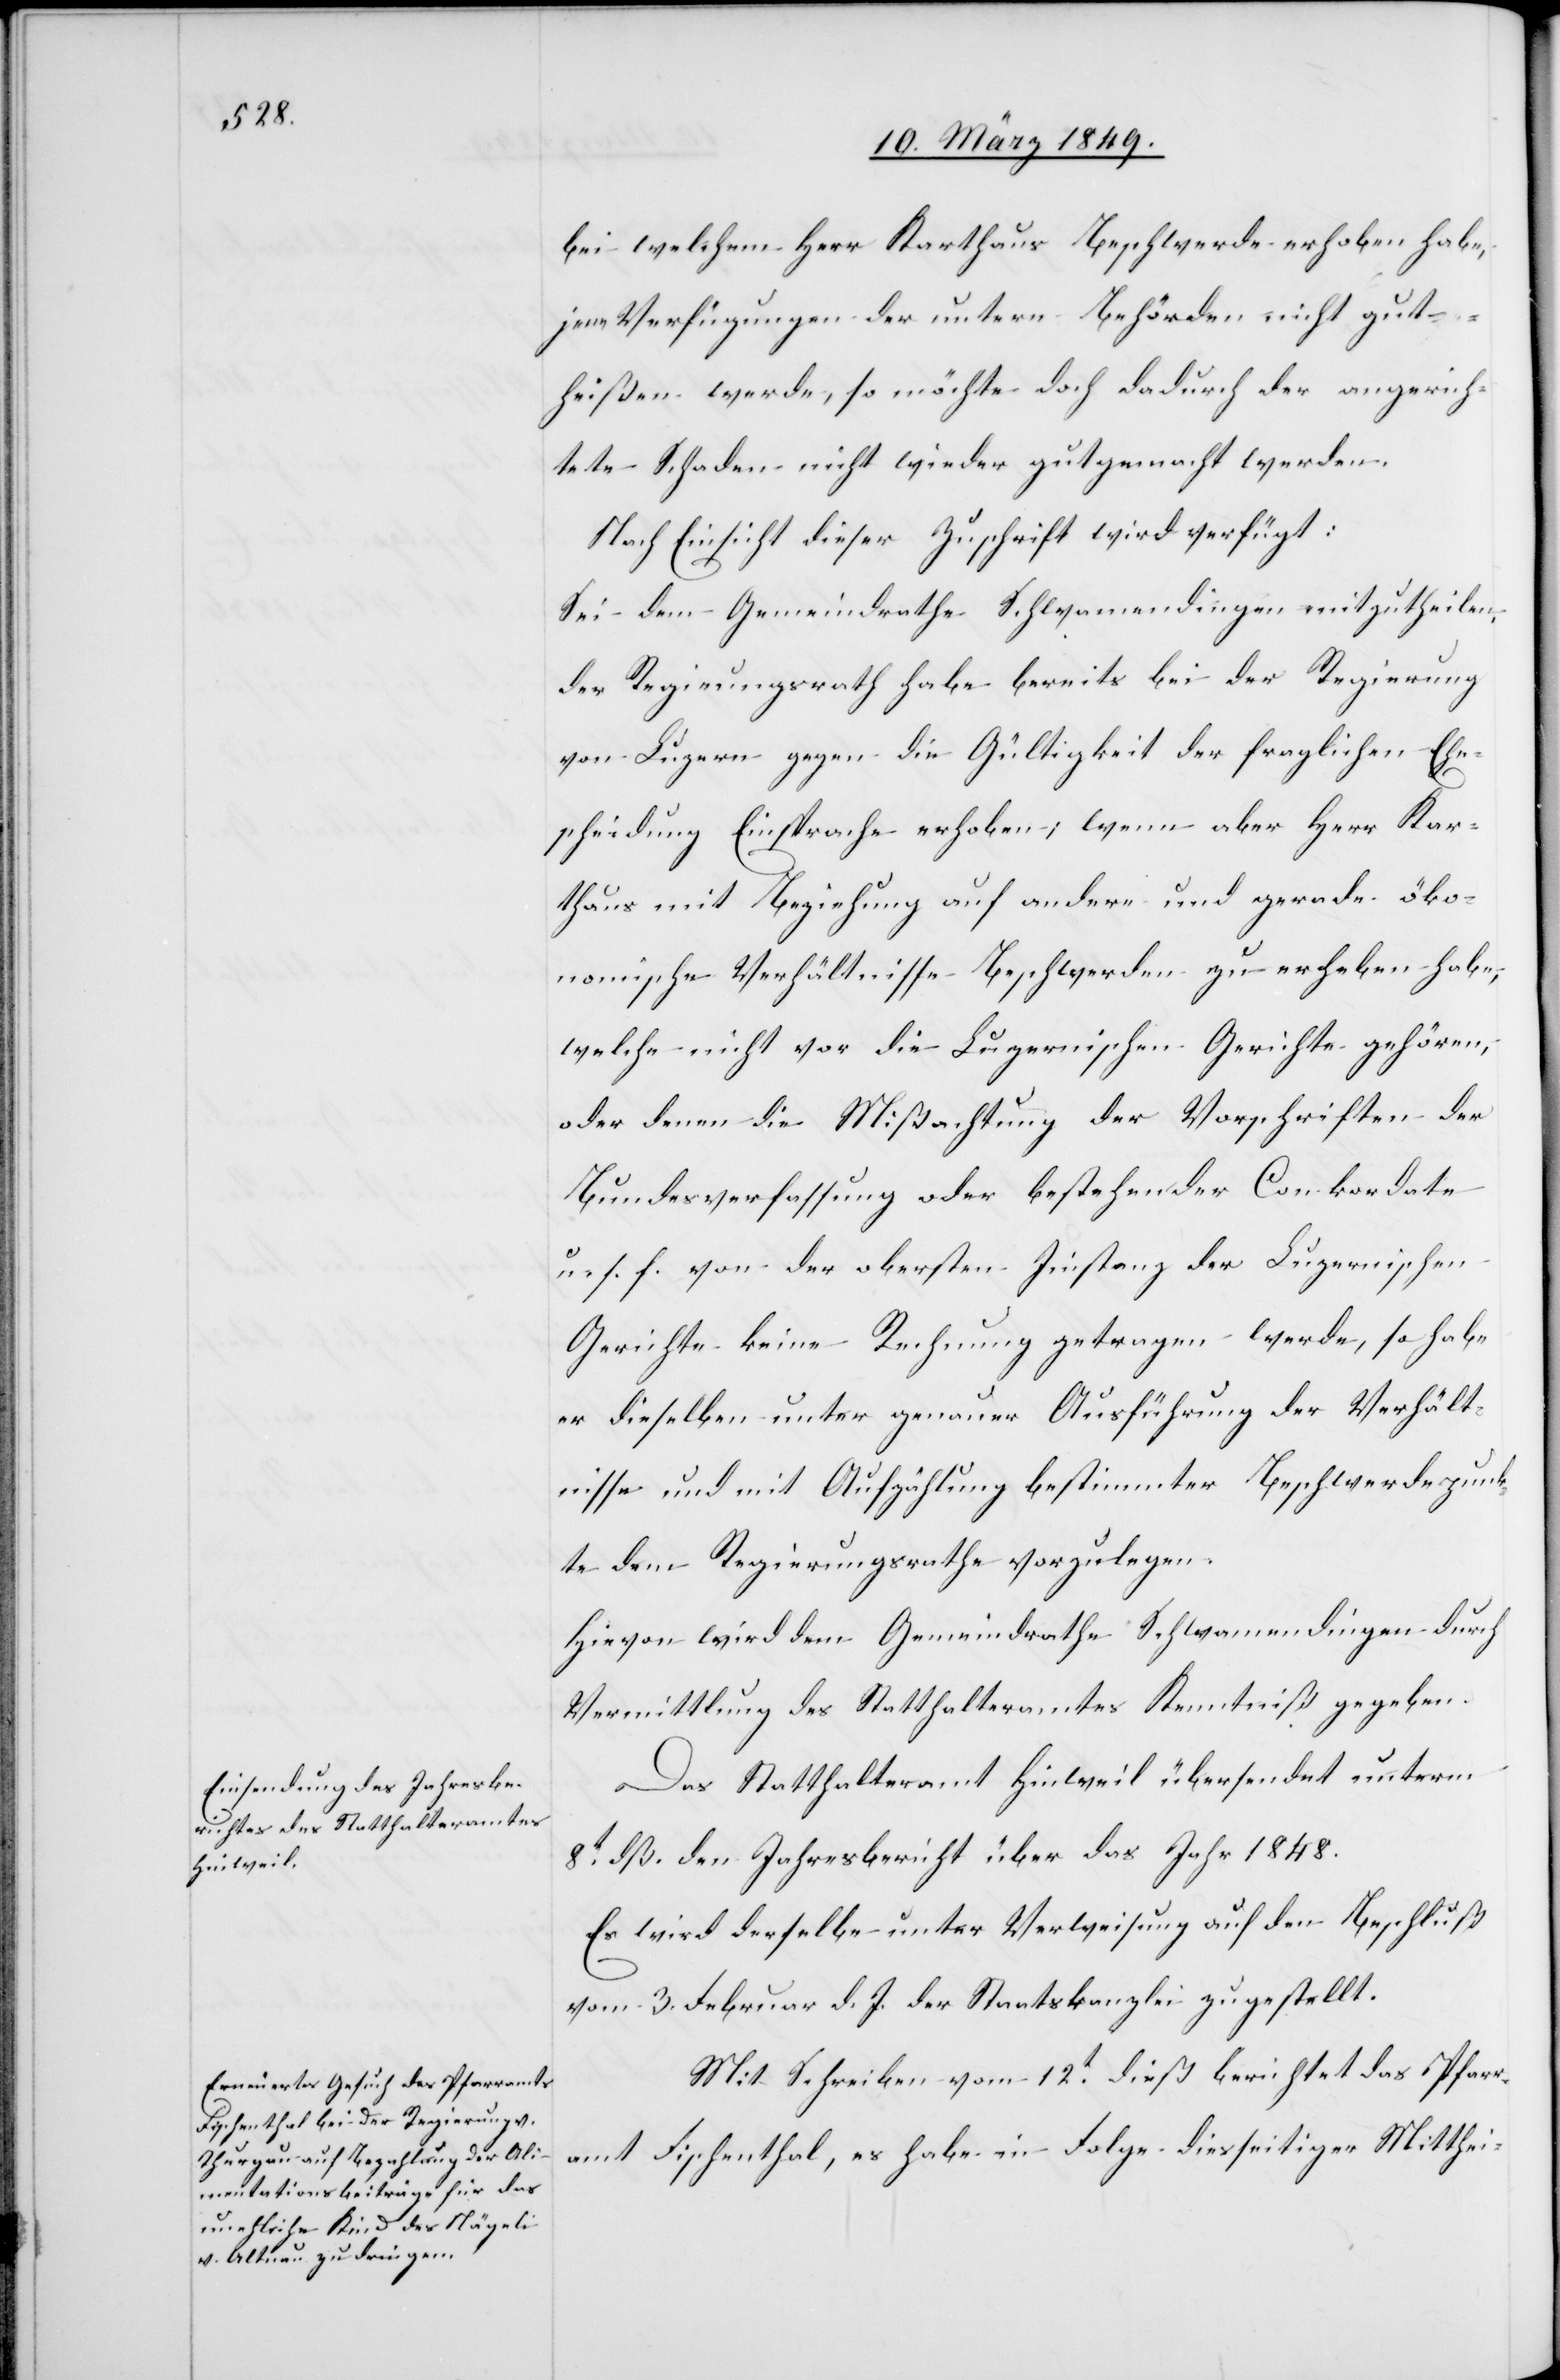
15. März 1849.]
bei welchem Herr Karthaus Beschwerde erhoben habe,
jene Verfügungen der untern Behörden nicht gut¬
heißen werde, so möchte doch dadurch der angerich¬
tete Schaden nicht wieder gutgemacht werden.
Nach Einsicht dieser Zuschrift wird verfügt:
Sei dem Gemeindrathe Schwamendingen mitzutheilen,
der Regierungsrath habe bereits bei der Regierung
von Luzern gegen die Gültigkeit der fraglichen Ehe¬
scheidung Einsprache erhoben; wenn aber Herr Kar¬
thaus mit Beziehung auf andere und gerade öko¬
nomische Verhältnisse Beschwerden zu erheben habe,
welche nicht vor die Luzernischen Gerichte gehören,
oder denen die Mißachtung der Vorschriften der
Bundesverfassung oder bestehender Conkordate
u. s. f. von der obersten Instanz der Luzernischen
Gerichte keine Rechnung getragen werde, so habe
er dieselbe unter genauer Ausführung der Verhält¬
nisse und mit Aufzählung bestimmter Beschwerdepunk¬
te dem Regierungsrathe vorzulegen.
Hievon wird dem Gemeindrathe Schwamendingen durch
Vermittlung des Statthalteramtes Kenntniß gegeben.
Das Statthalteramt Hinweil übersendet unterm
8t. dß. den Jahresbericht über das Jahr 1848.
Es wird derselbe unter Verweisung auf den Beschluß
vom 3. Februar d. J. der Staatskanzlei zugestellt.
Mit Schreiben vom 12t. dieß berichtet das Pfarr¬
amt Fischenthal, es habe in Folge diesseitiger Mitthei-